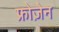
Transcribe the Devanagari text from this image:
फ्रोज़ेन